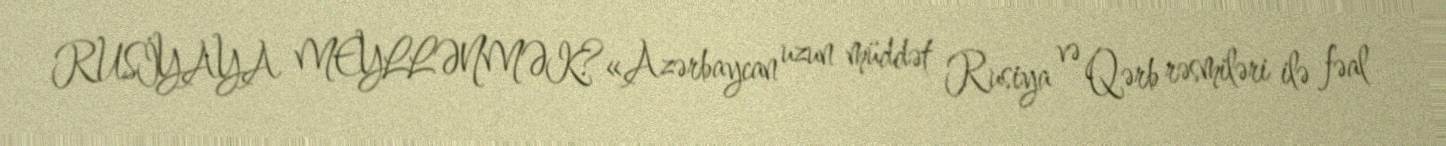
RUSİYAYA MEYLLƏNMƏK?«Azərbaycan uzun müddət Rusiya və Qərb rəsmiləri ilə fəal